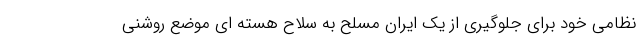
نظامی خود برای جلوگیری از یک ایران مسلح به سلاح هسته ای موضع روشنی